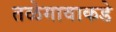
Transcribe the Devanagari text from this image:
तळेगावाकडे